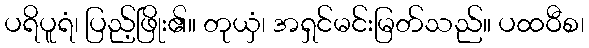
ပရိပူရံ၊ ပြည့်ဖြိုး၏။ တုယှံ၊ အရှင်မင်းမြတ်သည်။ ပထဝီစ၊